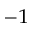
^ { - 1 }